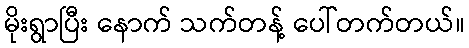
မိုးရွာပြီး နောက် သက်တန့် ပေါ်တက်တယ်။